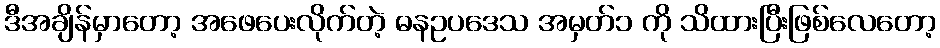
ဒီအချိန်မှာတော့ အဖေပေးလိုက်တဲ့ ဓနဥပဒေသ အမှတ်၁ ကို သိထားပြီးဖြစ်လေတော့